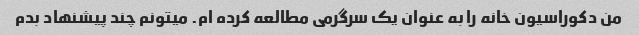
من دکوراسیون خانه را به عنوان یک سرگرمی مطالعه کرده ام. میتونم چند پیشنهاد بدم